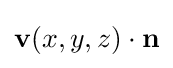
\mathbf {v} (x,y,z)\cdot \mathbf {n}